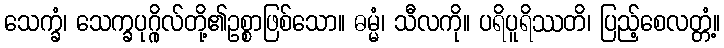
သေက္ခံ၊ သေက္ခပုဂ္ဂိုလ်တို့၏ဥစ္စာဖြစ်သော။ ဓမ္မံ၊ သီလကို။ ပရိပူရိဿတိ၊ ပြည့်စေလတ္တံ့။